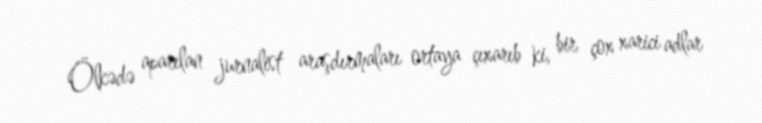
Ölkədə aparılan jurnalist araşdırmaları ortaya çıxarıb ki, bir çox xarici adlar